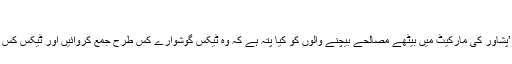
‘
انہوں نے کہا: ’پشاور کی مارکیٹ میں بیٹھے مصالحے بیچنے والوں کو کیا پتہ ہے کہ وہ ٹیکس گوشوارے کس طرح جمع کروائیں اور ٹیکس کس طرح ادا کریں۔